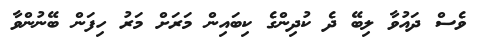
ވެސް ދައުވާ ލިބޭ ދެ ކުދިންގެ ކިބައިން މަރަށް މަރު ހިފަން ބޭނުންވާ